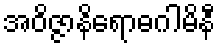
အဝိဇ္ဇာနိရောဓဂါမိနီ